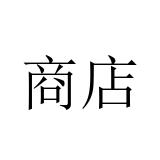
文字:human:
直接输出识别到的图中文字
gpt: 商店